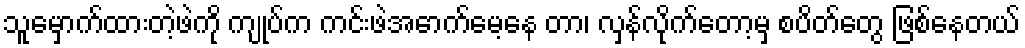
သူမှောက်ထားတဲ့ဖဲကို ကျုပ်က ကင်းဖဲအောက်မေ့နေ တာ၊ လှန်လိုက်တော့မှ စပိတ်တွေ ဖြစ်နေတယ်